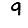
Digit: 9